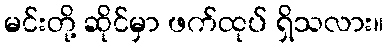
မင်းတို့ ဆိုင်မှာ ဖက်ထုပ် ရှိသလား။